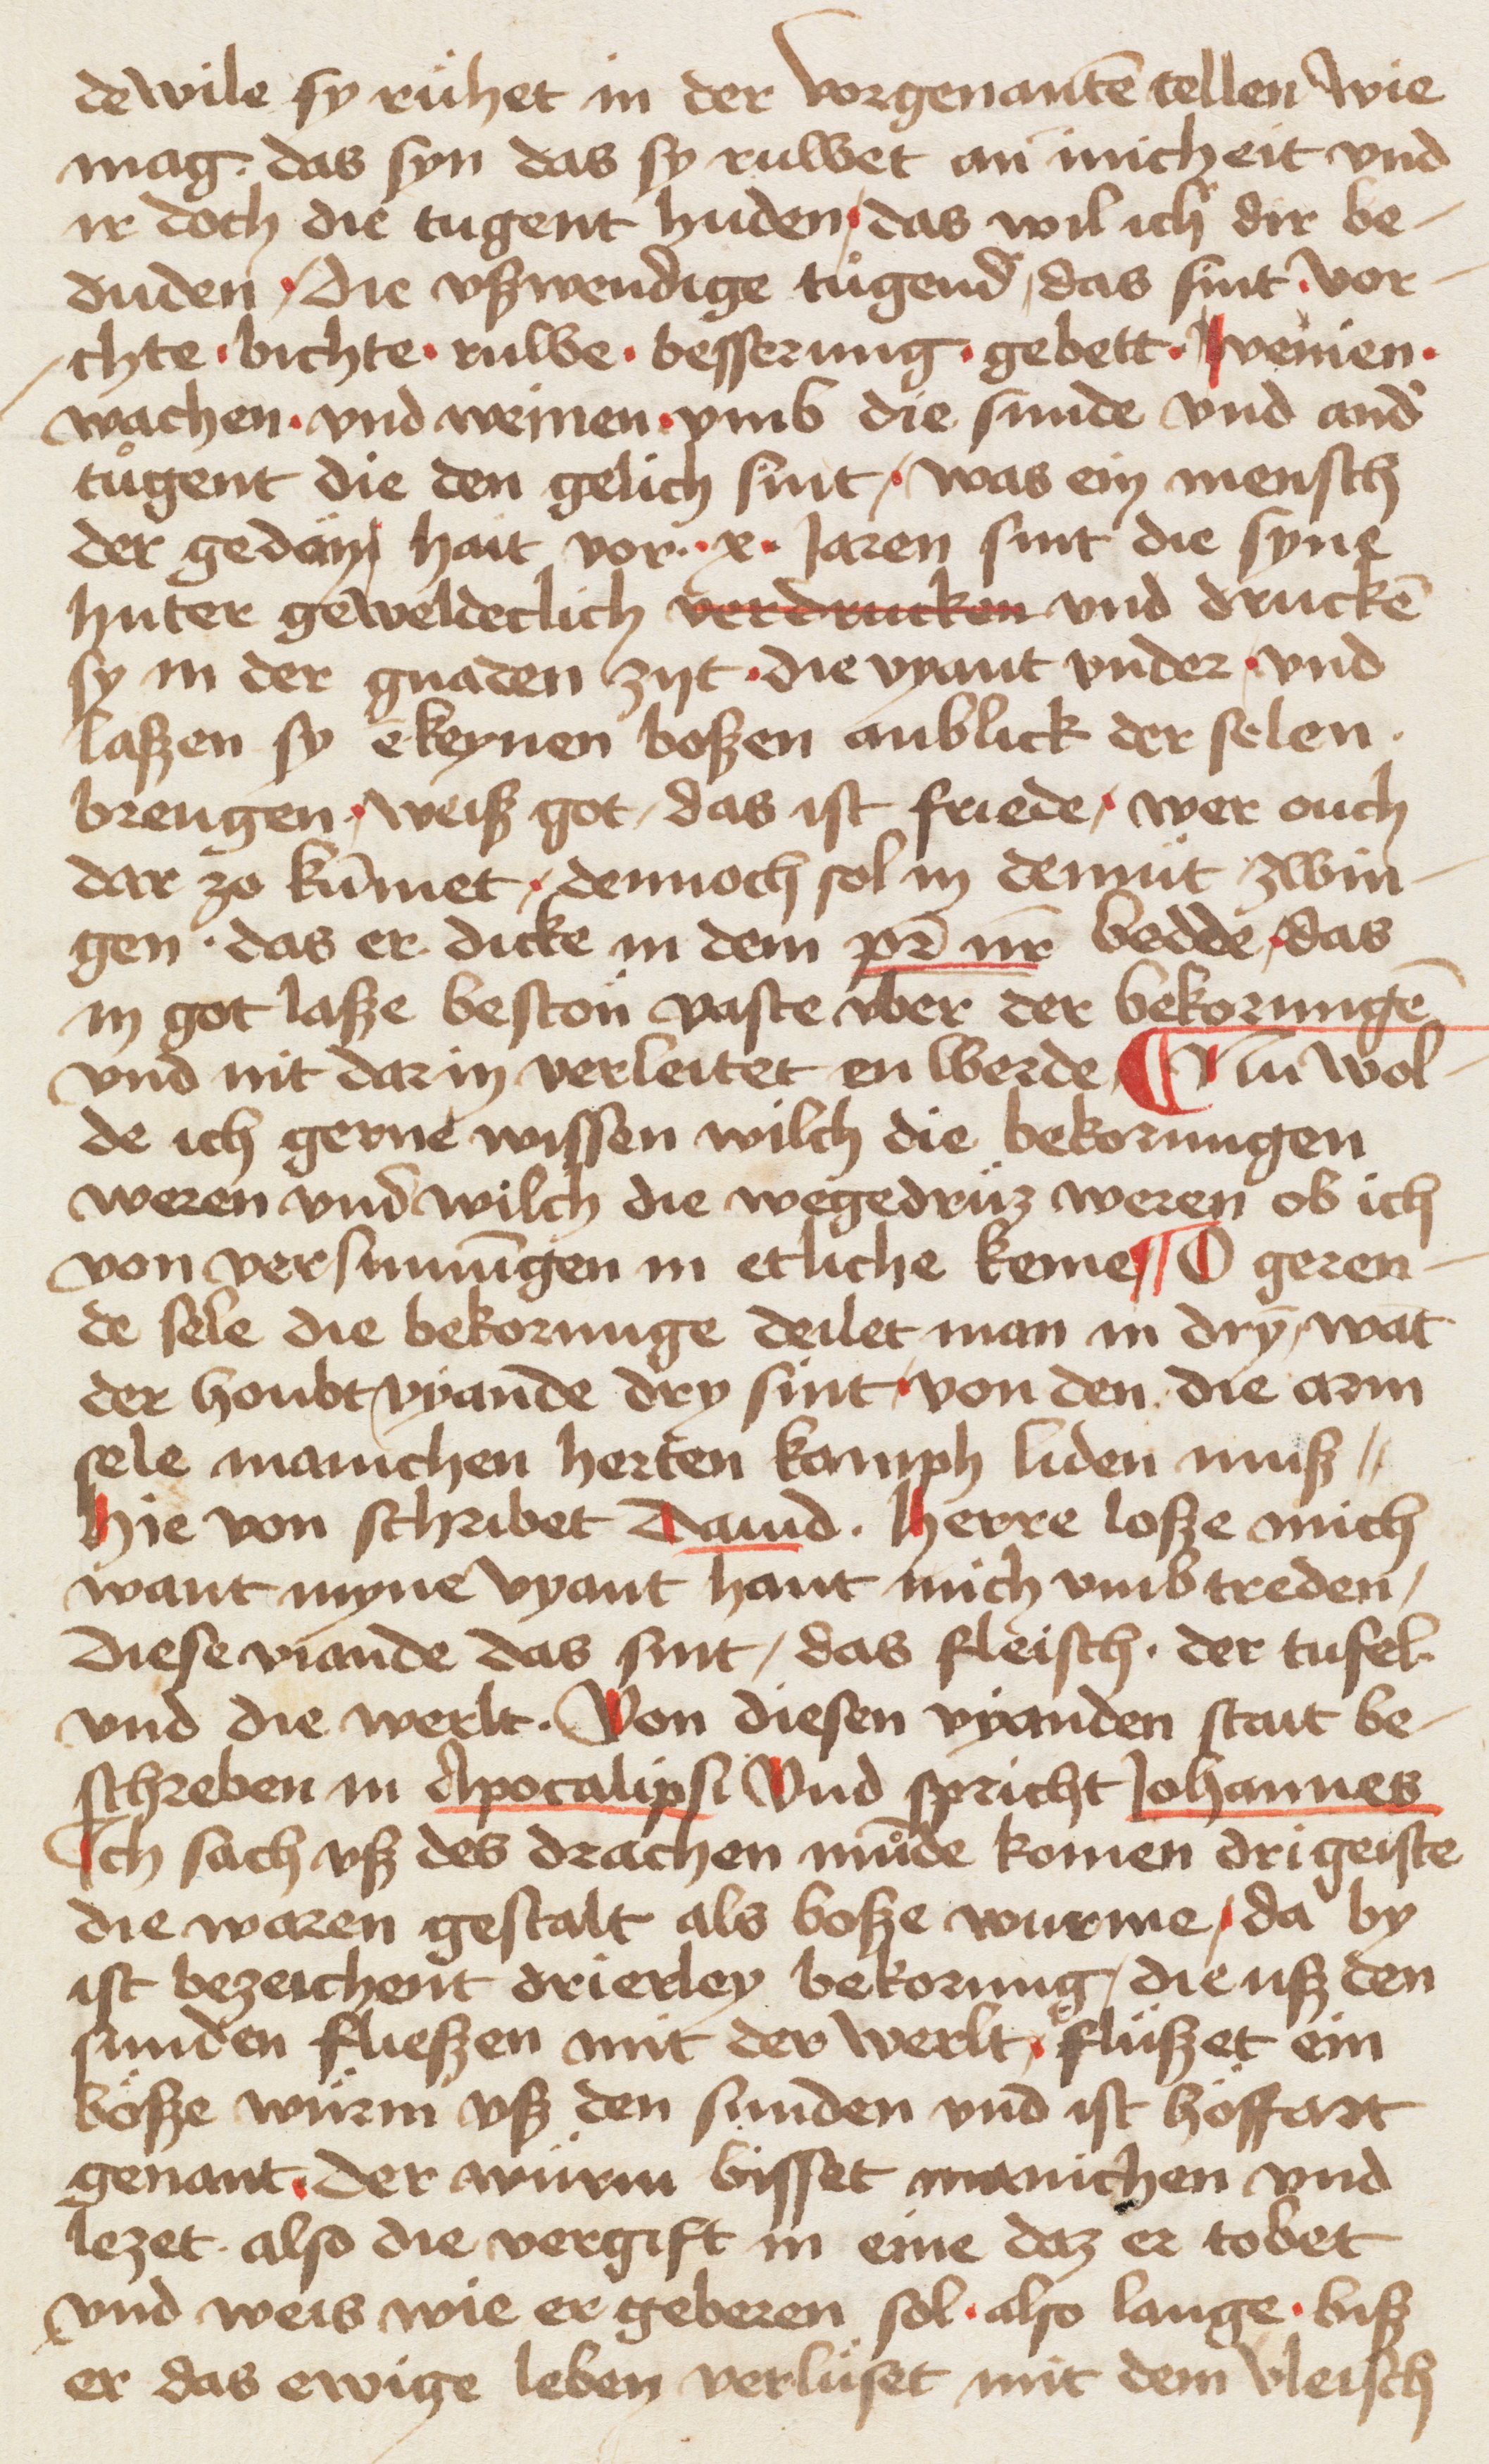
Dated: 1400–1499